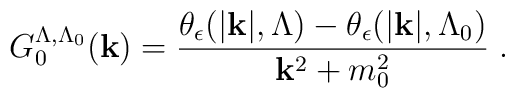
G_0^{\Lambda , \Lambda_0} ( {\bf{k}}) = \frac{ \theta_{\epsilon} ( | {\bf{k}}| ,   \Lambda) - \theta_{\epsilon} ( | {\bf{k}}| , \Lambda_0)}{  {\bf{k}}^2 + m_0^2} \; .